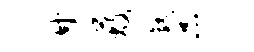
廿蔽熟品